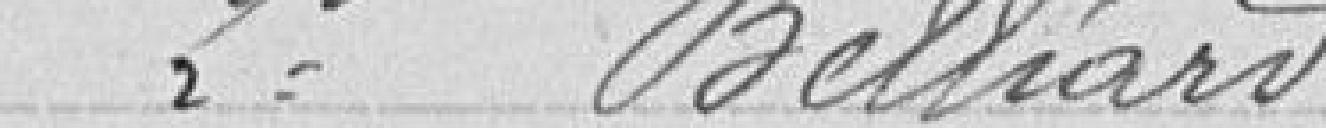
2° Belliard